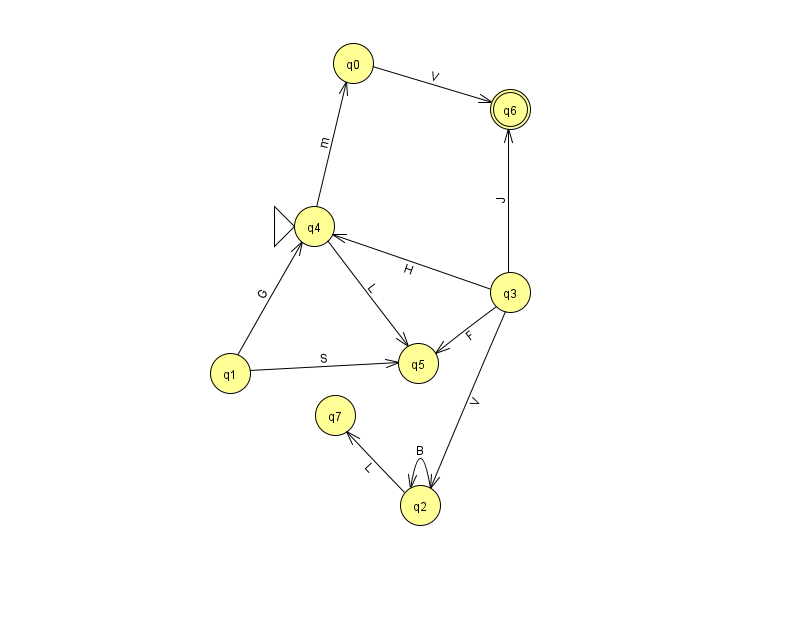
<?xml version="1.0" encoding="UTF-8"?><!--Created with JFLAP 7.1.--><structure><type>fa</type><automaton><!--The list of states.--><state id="0" name="q0"><x>353.0</x><y>50.0</y></state><state id="1" name="q1"><x>230.0</x><y>360.0</y></state><state id="2" name="q2"><x>420.0</x><y>492.0</y></state><state id="3" name="q3"><x>510.0</x><y>279.0</y></state><state id="4" name="q4"><x>314.0</x><y>213.0</y><initial/></state><state id="5" name="q5"><x>418.0</x><y>350.0</y></state><state id="6" name="q6"><x>510.0</x><y>96.0</y><final/></state><state id="7" name="q7"><x>335.0</x><y>402.0</y></state><!--The list of transitions.--><transition><from>4</from><to>5</to><read>L</read></transition><transition><from>4</from><to>0</to><read>m</read></transition><transition><from>2</from><to>2</to><read>B</read></transition><transition><from>2</from><to>7</to><read>L</read></transition><transition><from>1</from><to>4</to><read>G</read></transition><transition><from>3</from><to>2</to><read>V</read></transition><transition><from>0</from><to>6</to><read>V</read></transition><transition><from>1</from><to>5</to><read>S</read></transition><transition><from>3</from><to>6</to><read>J</read></transition><transition><from>3</from><to>5</to><read>F</read></transition><transition><from>3</from><to>4</to><read>H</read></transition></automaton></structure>